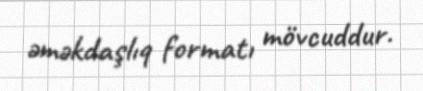
əməkdaşlıq formatı mövcuddur.